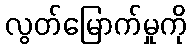
လွတ်မြောက်မှုကို